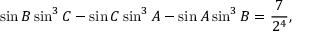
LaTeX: \sin B \sin ^ { 3 } C - \sin C \sin ^ { 3 } A - \sin A \sin ^ { 3 } B = { \frac { 7 } { 2 ^ { 4 } } } ,